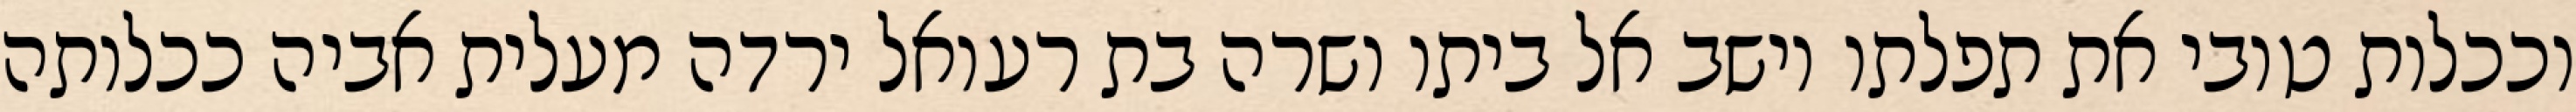
וככלות טובי את תפלתו וישב אל ביתו ושרה בת רעואל ירדה מעלית אביה ככלותה